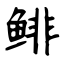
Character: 鲱